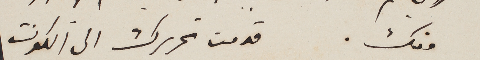
منك.	قدمت تحريرك الى الكونت